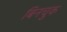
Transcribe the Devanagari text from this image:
बिनचुक